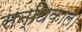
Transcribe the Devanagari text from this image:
सन्धिकाल।